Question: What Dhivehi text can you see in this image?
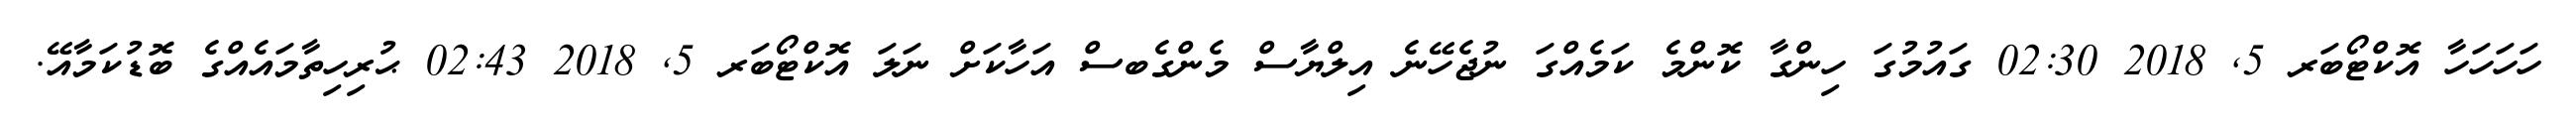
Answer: ހަހަހަހާ އޮކްޓޯބަރ 5, 2018 02:30 ގައުމުގަ ހިންގާ ކޮންމެ ކަމެއްގަ ނުޖެހޭނެ އިލްޔާސް މެންގެބސް އަހާކަށް ނަލަ އޮކްޓޯބަރ 5, 2018 02:43 ޙުރިހިތާމައެއްގެ ބޮޑުކަމާއޭ.